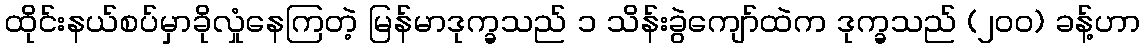
ထိုင်းနယ်စပ်မှာခိုလှုံနေကြတဲ့ မြန်မာဒုက္ခသည် ၁ သိန်းခွဲကျော်ထဲက ဒုက္ခသည် (၂၀၀) ခန့်ဟာ